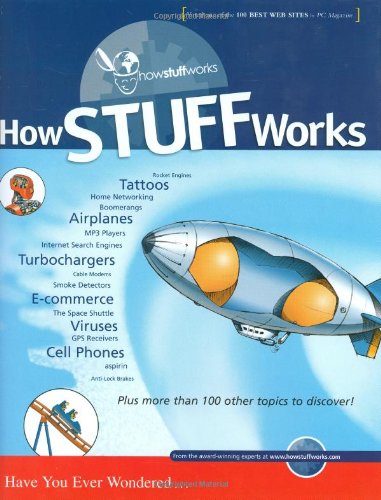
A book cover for How Stuff Works; Marshall Brain; Humor & Entertainment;